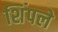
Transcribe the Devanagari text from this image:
शिंपले